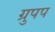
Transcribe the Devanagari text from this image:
ग्रुपप